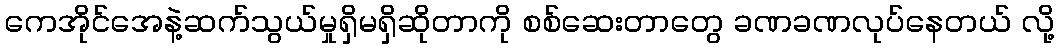
ကေအိုင်အေနဲ့ဆက်သွယ်မှုရှိမရှိဆိုတာကို စစ်ဆေးတာတွေ ခဏခဏလုပ်နေတယ် လို့